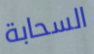
السحابة